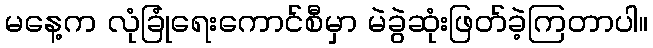
မနေ့က လုံခြုံရေးကောင်စီမှာ မဲခွဲဆုံးဖြတ်ခဲ့ကြတာပါ။